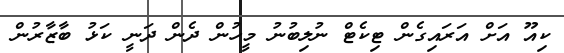
ކިއޫ އަށް އަރައިގެން ޓިކެޓް ނުލިބުނު މީހުން ދެން ދަނީ ކަޅު ބާޒާރުން